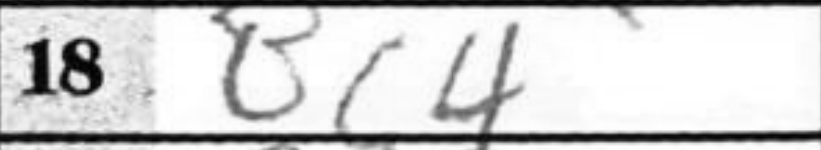
Transcription: Bc4